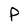
Character: P